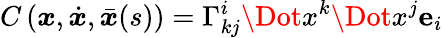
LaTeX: C\left(\boldsymbol{x},\dot{\boldsymbol{x}},\bar{\boldsymbol{x}}(s)\right)=\Gamma_{kj}^{i}\Dot{x}^{k}\Dot{x}^{j}\mathbf{e}_{i}